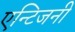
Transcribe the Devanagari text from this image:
एन्टिजनी